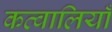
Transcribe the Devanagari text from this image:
कव्वालियाँ